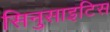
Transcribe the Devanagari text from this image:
सिनुसाइटिस